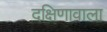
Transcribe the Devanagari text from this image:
दक्षिणावाला